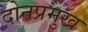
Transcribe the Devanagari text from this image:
दोनप्रमुख